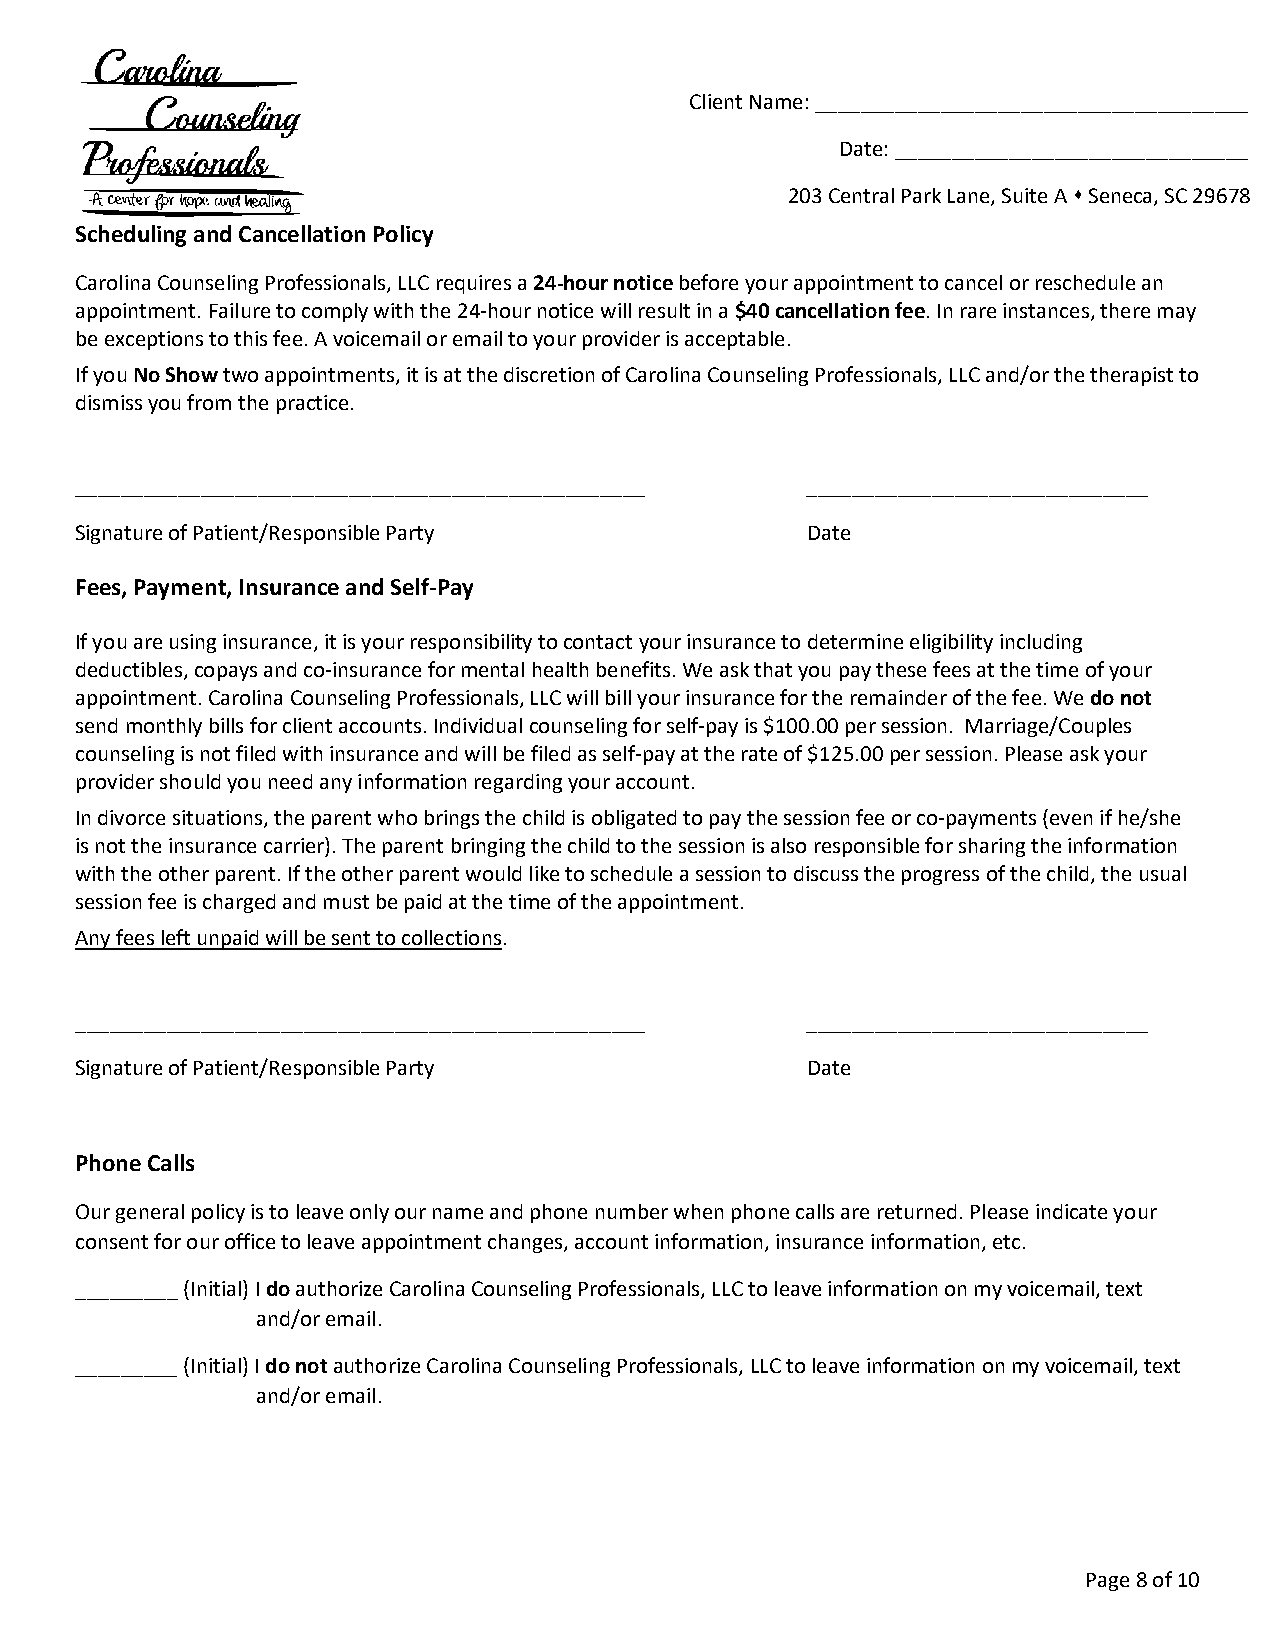
Client Name: ______________________________________
 Date: _______________________________
 203 Central Park Lane, Suite A  Seneca, SC 29678
 Scheduling and Cancellation Policy
 Carolina Counseling Professionals, LLC requires a 24-hour notice before your appointment to cancel or reschedule an
 appointment. Failure to comply with the 24-hour notice will result in a $40 cancellation fee. In rare instances, there may
 be exceptions to this fee. A voicemail or email to your provider is acceptable.
 If you No Show two appointments, it is at the discretion of Carolina Counseling Professionals, LLC and/or the therapist to
 dismiss you from the practice.
 __________________________________________________ ______________________________
 Signature of Patient/Responsible Party          Date
 Fees, Payment, Insurance and Self-Pay
 If you are using insurance, it is your responsibility to contact your insurance to determine eligibility including
 deductibles, copays and co-insurance for mental health benefits. We ask that you pay these fees at the time of your
 appointment. Carolina Counseling Professionals, LLC will bill your insurance for the remainder of the fee. We do not
 send monthly bills for client accounts. Individual counseling for self-pay is $100.00 per session. Marriage/Couples
 counseling is not filed with insurance and will be filed as self-pay at the rate of $125.00 per session. Please ask your
 provider should you need any information regarding your account.
 In divorce situations, the parent who brings the child is obligated to pay the session fee or co-payments (even if he/she
 is not the insurance carrier). The parent bringing the child to the session is also responsible for sharing the information
 with the other parent. If the other parent would like to schedule a session to discuss the progress of the child, the usual
 session fee is charged and must be paid at the time of the appointment.
 Any fees left unpaid will be sent to collections.
 __________________________________________________ ______________________________
 Signature of Patient/Responsible Party          Date
 Phone Calls
 Our general policy is to leave only our name and phone number when phone calls are returned. Please indicate your
 consent for our office to leave appointment changes, account information, insurance information, etc.
 _________ (Initial) I do authorize Carolina Counseling Professionals, LLC to leave information on my voicemail, text
 and/or email.
 _________ (Initial) I do not authorize Carolina Counseling Professionals, LLC to leave information on my voicemail, text
 and/or email.
 Page 8 of 10